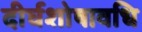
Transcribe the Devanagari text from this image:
दीर्घशोषावधि